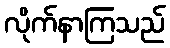
လိုက်နာကြသည်